Report of the Municipal Commissioner on the plague in Bombay for the year ending 31st May... - Volume 1
Disease focus: Plague
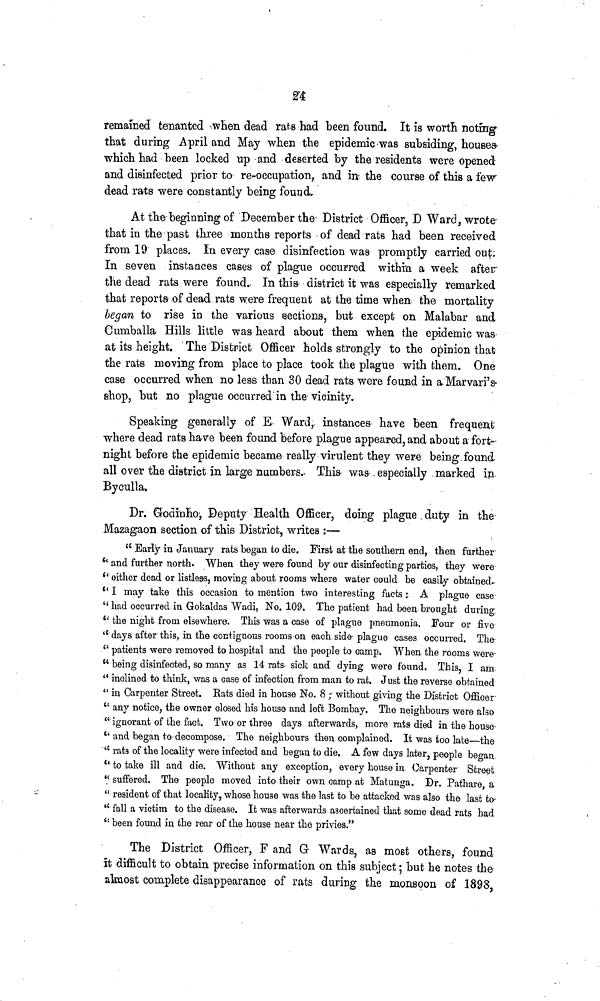
24
remained tenanted when dead rats had heen found. It is worth noting
that during April and May when the epidemic was subsiding, houses
which had heen locked up and deserted by the residents were opened
and disinfected prior to re-occupation, and in the course of this a few
dead rats were constantly being found.
At the beginning of December the District Officer, D Ward, wrote
that in the past three months reports of dead rats had been received
from 19 places. In every case disinfection was promptly carried out.
In seven instances cases of plague occurred within a week after
the dead rats were found. In this district it was especially remarked
that reports of dead rats were frequent at the time when the mortality
began to rise in the various sections, but except on Malabar and
Cumballa Hills little was heard about them when the epidemic was
at its height. The District Officer holds strongly to the opinion that
the rats moving from place to place took the plague with them. One
case occurred when no less than 30 dead rats were found in a Marvari's
shop, but no plague occurred in the vicinity.
Speaking generally of E Ward, instances have been frequent
where dead rats have been found before plague appeared, and about a fort-
night before the epidemic became really virulent they were being found
all over the district in large numbers. This was especially marked in
Byculla.
Dr. Godinho, Deputy Health Officer, doing plague duty in the
Mazagaon section of this District, writes :—
" Early in January rats began to die. First at the southern end, then further
" and further north. When they were found by our disinfecting parties, they were
" either dead or listless, moving about rooms where water could be easily obtained.
" I may take this occasion to mention two interesting facts: A plague case
" had occurred in Gokaldas Wadi, No. 109. The patient had been brought during
" the night from elsewhere. This was a case of plague pneumonia. Four or five
" days after this, in the contiguous rooms on each side plague cases occurred. The
" patients were removed to hospital and the people to camp. When the rooms were
" being disinfected, so many as 14 rats sick and dying were found. This, I am
'* inclined to think, was a case of infection from man to rat. Just the reverse obtained
" in Carpenter Street. Eats died in house No. 8 ; without giving the District Officer
" any notice, the owner closed his house and left Bombay. The neighbours were also
" ignorant of the fact. Two or three days afterwards, more rats died in the house
" and began to decompose. The neighbours then complained. It was too late—the
" rats of the locality were infected and began to die. A few days later, people began
" to take ill and die. Without any exception, every house in Carpenter Street
" suffered. The people moved into their own camp at Matunga. Dr. Pathare, a
" resident of that locality, whose house was the last to be attacked was also the last to
" fall a victim to the disease. It was afterwards ascertained that some dead rats had
" been found in the rear of the house near the privies."
The District Officer, F and G Wards, as most others, found
it difficult to obtain precise information on this subject; but he notes the
almost complete disappearance of rats during the monsoon of 1898,